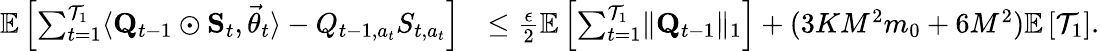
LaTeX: \begin{array}{rl}{\mathbb E\left[\sum_{t=1}^{\mathcal T_{1}}\langle\mathbf Q_{t-1}\odot\mathbf S_{t},\vec{\theta}_{t}\rangle-Q_{t-1,a_{t}}S_{t,a_{t}}\right]}&{\le\frac\epsilon 2\mathbb E\left[\sum_{t=1}^{\mathcal T_{1}}\lVert\mathbf Q_{t-1}\rVert_{1}\right]+(3KM^{2}m_{0}+6M^{2})\mathbb E\left[\mathcal T_{1}\right].}\end{array}